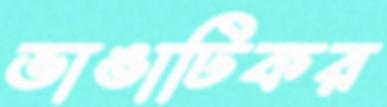
ভাঙাটিকর